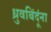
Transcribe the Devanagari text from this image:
ध्रुवबिंदूंना